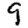
Digit: 9